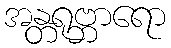
အန္တရုဗ္ဘာရော